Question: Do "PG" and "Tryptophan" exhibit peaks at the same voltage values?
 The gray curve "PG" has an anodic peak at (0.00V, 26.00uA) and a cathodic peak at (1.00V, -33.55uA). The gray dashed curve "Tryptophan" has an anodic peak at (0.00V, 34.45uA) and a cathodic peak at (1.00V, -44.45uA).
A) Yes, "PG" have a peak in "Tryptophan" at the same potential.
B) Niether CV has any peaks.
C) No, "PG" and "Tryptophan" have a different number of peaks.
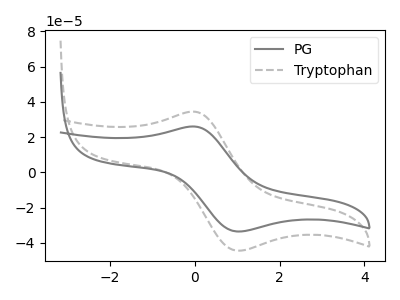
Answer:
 <answer>A) Yes, "PG" have a peak in "Tryptophan" at the same potential.</answer>
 <eval>A</eval>